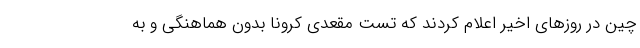
چین در روزهای اخیر اعلام کردند که تست مقعدی کرونا بدون هماهنگی و به